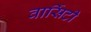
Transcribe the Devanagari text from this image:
वार्सिटी